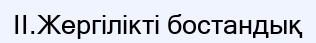
II.Жергілікті бостандық